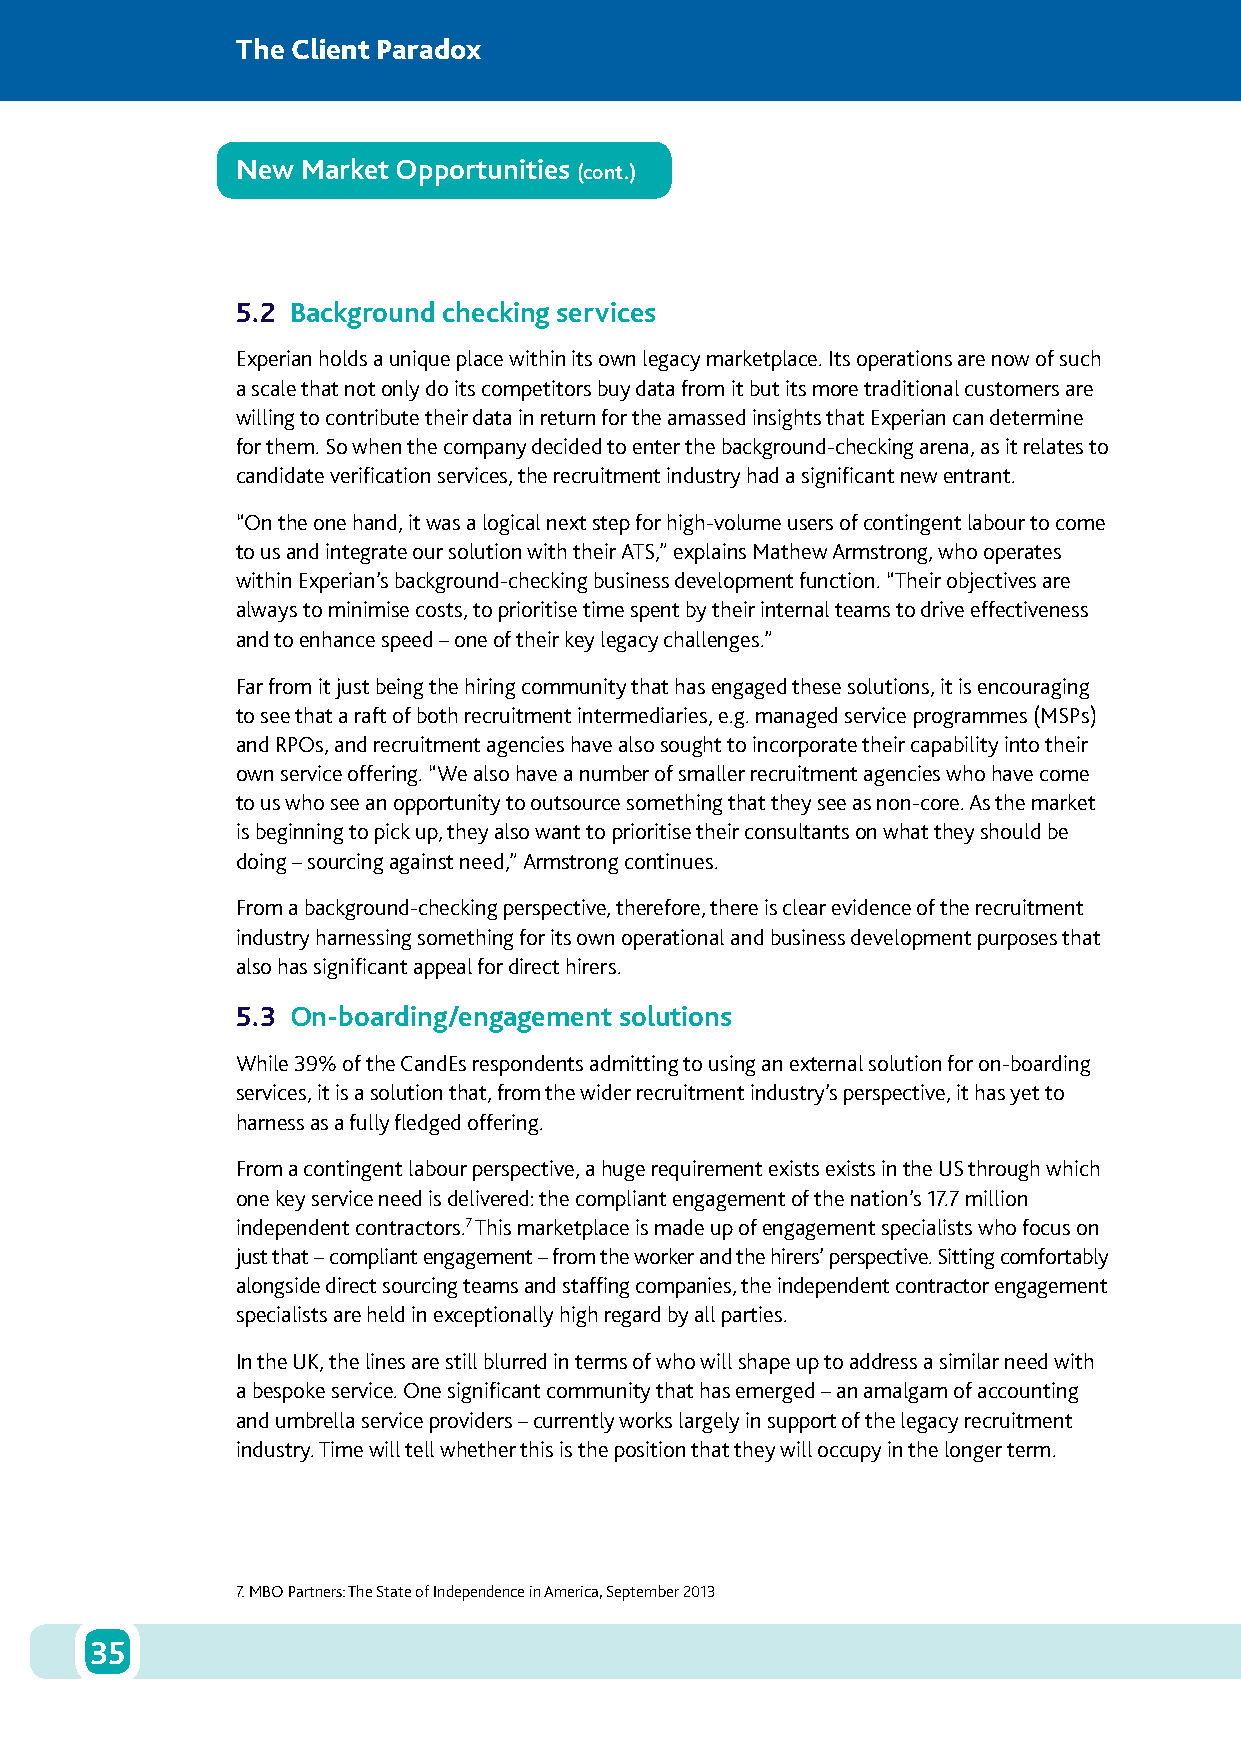
The Client Paradox
 New Market Opportunities
 (cont.)
 5.2 Background checking services
 Experian holds a unique place within its own legacy marketplace. Its operations are now of such
 a scale that not only do its competitors buy data from it but its more traditional customers are
 willing to contribute their data in return for the amassed insights that Experian can determine
 for them. So when the company decided to enter the background-checking arena, as it relates to
 candidate verification services, the recruitment industry had a significant new entrant.
 “On the one hand, it was a logical next step for high-volume users of contingent labour to come
 to us and integrate our solution with their ATS,” explains Mathew Armstrong, who operates
 within Experian’s background-checking business development function. “Their objectives are
 always to minimise costs, to prioritise time spent by their internal teams to drive effectiveness
 and to enhance speed – one of their key legacy challenges.”
 Far from it just being the hiring community that has engaged these solutions, it is encouraging
 to see that a raft of both recruitment intermediaries, e.g. managed service programmes (MSPs)
 and RPOs, and recruitment agencies have also sought to incorporate their capability into their
 own service offering. “We also have a number of smaller recruitment agencies who have come
 to us who see an opportunity to outsource something that they see as non-core. As the market
 is beginning to pick up, they also want to prioritise their consultants on what they should be
 doing – sourcing against need,” Armstrong continues.
 From a background-checking perspective, therefore, there is clear evidence of the recruitment
 industry harnessing something for its own operational and business development purposes that
 also has significant appeal for direct hirers.
 5.3 On-boarding/engagement solutions
 While 39% of the CandEs respondents admitting to using an external solution for on-boarding
 services, it is a solution that, from the wider recruitment industry’s perspective, it has yet to
 harness as a fully fledged offering.
 From a contingent labour perspective, a huge requirement exists exists in the US through which
 one key service need is delivered: the compliant engagement of the nation’s 17.7 million
 independent contractors.7 This marketplace is made up of engagement specialists who focus on
 just that – compliant engagement – from the worker and the hirers’ perspective. Sitting comfortably
 alongside direct sourcing teams and staffing companies, the independent contractor engagement
 specialists are held in exceptionally high regard by all parties.
 In the UK, the lines are still blurred in terms of who will shape up to address a similar need with
 a bespoke service. One significant community that has emerged – an amalgam of accounting
 and umbrella service providers – currently works largely in support of the legacy recruitment
 industry. Time will tell whether this is the position that they will occupy in the longer term.
 7. MBO Partners: The State of Independence in America, September 2013
 35